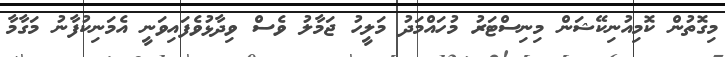
މިގޮތުން ކޮމިއުނިކޭޝަން މިނިސްޓަރު މުހައްމަދު މަލީހު ޖަމާލު ވެސް ވިދާޅުވެފައިވަނީ އެމަނިކުފާނު މަގާމާ